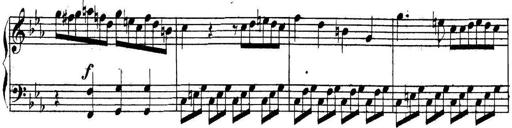
Title: Collected Piano Sonatas
Composer: Muzio Clementi